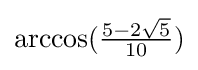
{\textstyle \arccos({\frac {5-2{\sqrt {5}}}{10}})}